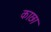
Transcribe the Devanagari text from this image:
काछा